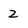
Character: 2